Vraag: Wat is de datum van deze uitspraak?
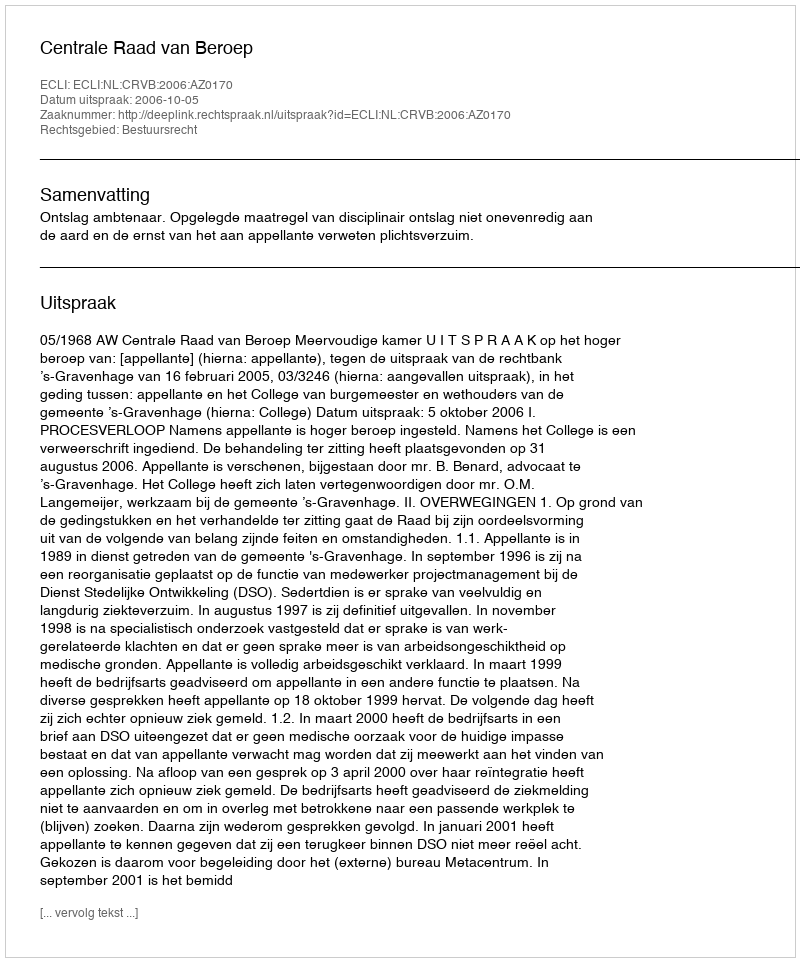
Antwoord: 2006-10-05